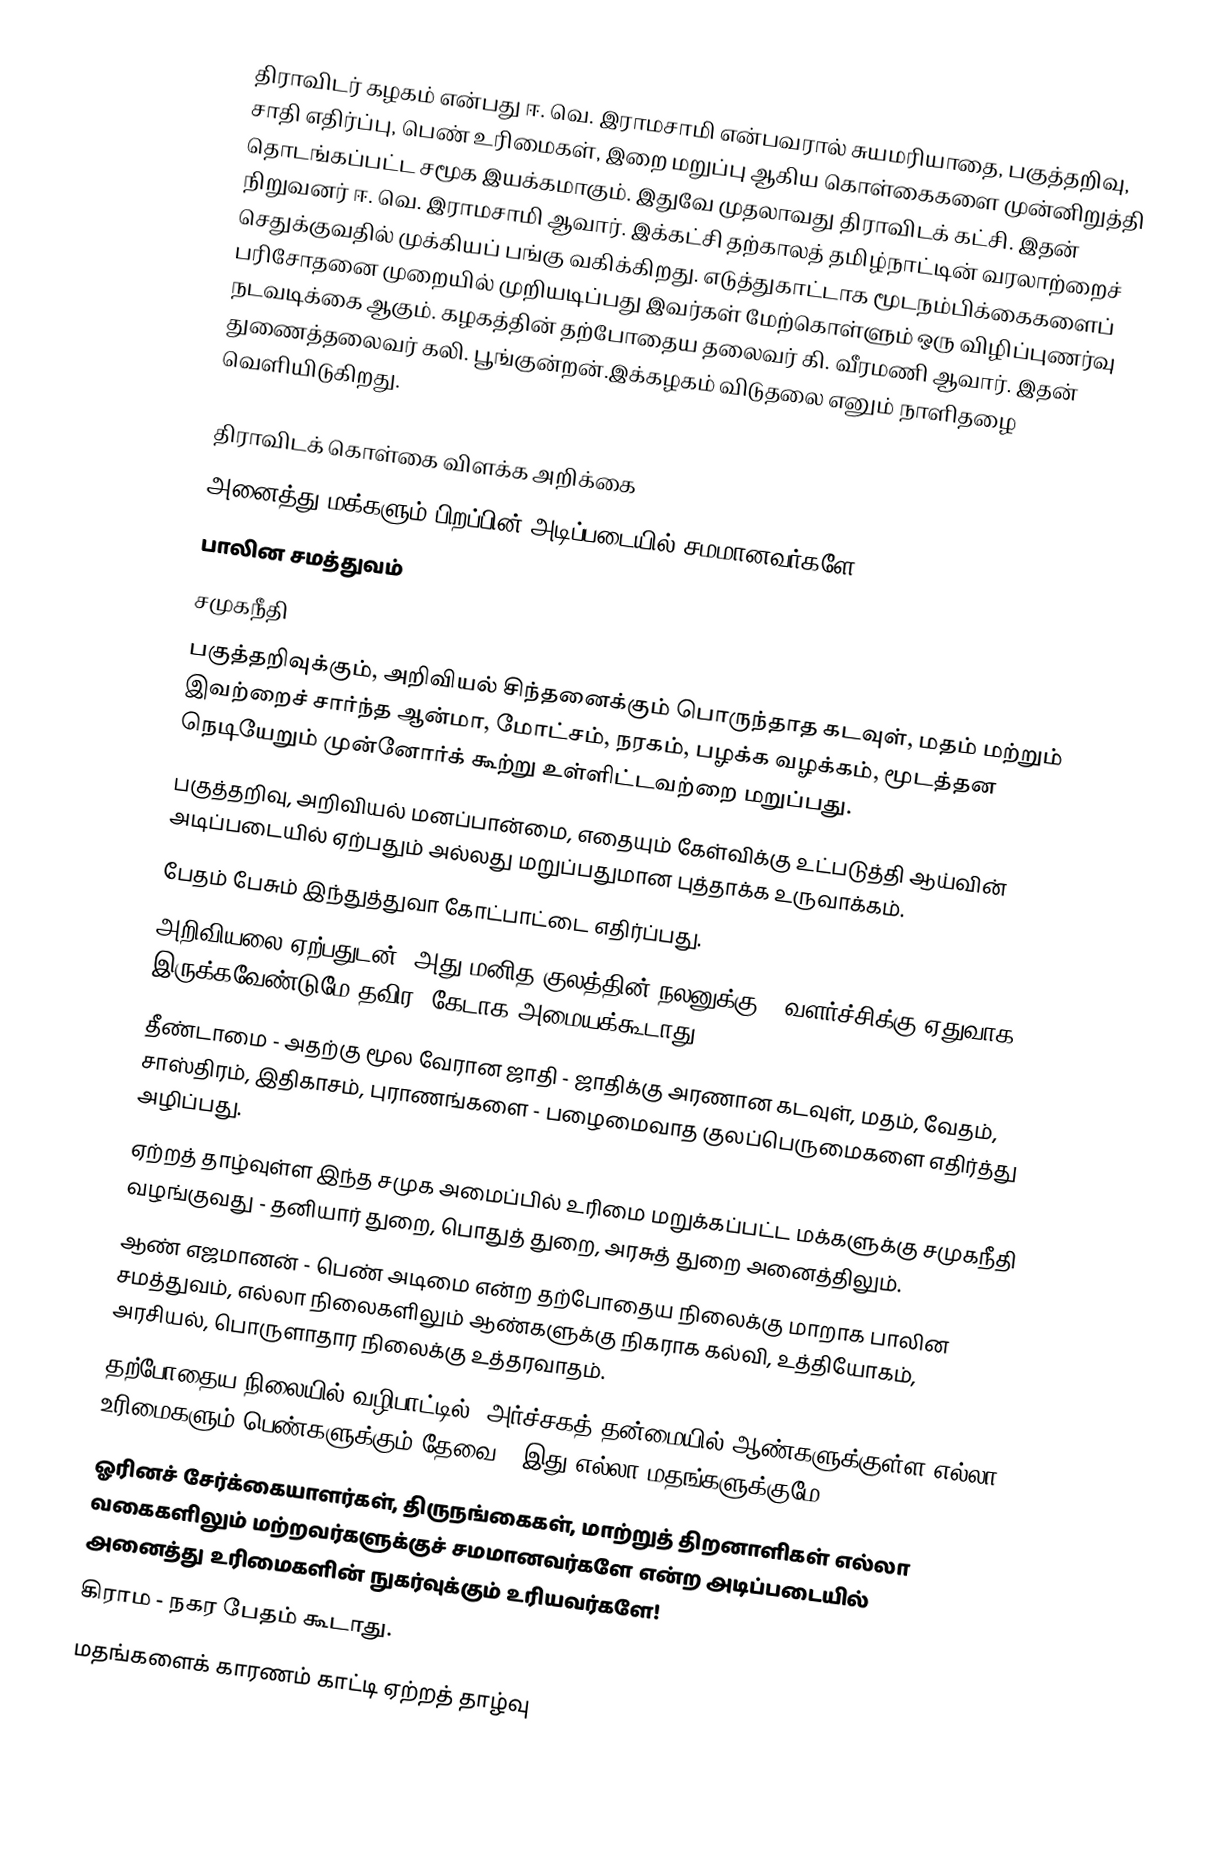
திராவிடர் கழகம் என்பது ஈ. வெ. இராமசாமி என்பவரால் சுயமரியாதை, பகுத்தறிவு, சாதி எதிர்ப்பு, பெண் உரிமைகள், இறை மறுப்பு ஆகிய கொள்கைகளை முன்னிறுத்தி தொடங்கப்பட்ட சமூக இயக்கமாகும்.  இதுவே முதலாவது திராவிடக் கட்சி. இதன் நிறுவனர் ஈ. வெ. இராமசாமி ஆவார்.  இக்கட்சி தற்காலத் தமிழ்நாட்டின் வரலாற்றைச் செதுக்குவதில் முக்கியப் பங்கு வகிக்கிறது. எடுத்துகாட்டாக மூடநம்பிக்கைகளைப் பரிசோதனை முறையில் முறியடிப்பது இவர்கள் மேற்கொள்ளும் ஒரு விழிப்புணர்வு நடவடிக்கை ஆகும். கழகத்தின் தற்போதைய தலைவர் கி. வீரமணி ஆவார். இதன் துணைத்தலைவர் கலி. பூங்குன்றன்.இக்கழகம் விடுதலை எனும் நாளிதழை வெளியிடுகிறது.

திராவிடக் கொள்கை விளக்க அறிக்கை
 அனைத்து மக்களும் பிறப்பின் அடிப்படையில் சமமானவர்களே!
 பாலின சமத்துவம்
 சமுகநீதி
 பகுத்தறிவுக்கும், அறிவியல் சிந்தனைக்கும் பொருந்தாத கடவுள், மதம் மற்றும் இவற்றைச் சார்ந்த ஆன்மா, மோட்சம், நரகம், பழக்க வழக்கம்,  மூடத்தன நெடியேறும் முன்னோர்க் கூற்று உள்ளிட்டவற்றை மறுப்பது.
 பகுத்தறிவு, அறிவியல் மனப்பான்மை, எதையும் கேள்விக்கு உட்படுத்தி ஆய்வின் அடிப்படையில் ஏற்பதும் அல்லது மறுப்பதுமான புத்தாக்க உருவாக்கம்.
 பேதம் பேசும் இந்துத்துவா கோட்பாட்டை எதிர்ப்பது.
 அறிவியலை ஏற்பதுடன், அது மனித குலத்தின் நலனுக்கு - வளர்ச்சிக்கு ஏதுவாக இருக்கவேண்டுமே தவிர, கேடாக அமையக்கூடாது.
 தீண்டாமை - அதற்கு மூல வேரான ஜாதி - ஜாதிக்கு அரணான கடவுள், மதம், வேதம், சாஸ்திரம், இதிகாசம், புராணங்களை - பழைமைவாத குலப்பெருமைகளை எதிர்த்து அழிப்பது.
 ஏற்றத் தாழ்வுள்ள இந்த சமுக அமைப்பில் உரிமை மறுக்கப்பட்ட மக்களுக்கு சமுகநீதி வழங்குவது - தனியார் துறை, பொதுத் துறை, அரசுத் துறை அனைத்திலும்.
 ஆண் எஜமானன் - பெண் அடிமை என்ற தற்போதைய நிலைக்கு மாறாக பாலின சமத்துவம், எல்லா நிலைகளிலும் ஆண்களுக்கு நிகராக கல்வி, உத்தியோகம், அரசியல், பொருளாதார நிலைக்கு உத்தரவாதம்.
 தற்போதைய நிலையில் வழிபாட்டில், அர்ச்சகத் தன்மையில் ஆண்களுக்குள்ள எல்லா உரிமைகளும் பெண்களுக்கும் தேவை - இது எல்லா மதங்களுக்குமே!
 ஓரினச் சேர்க்கையாளர்கள், திருநங்கைகள், மாற்றுத் திறனாளிகள்  எல்லா வகைகளிலும் மற்றவர்களுக்குச் சமமானவர்களே என்ற அடிப்படையில் அனைத்து உரிமைகளின்  நுகர்வுக்கும் உரியவர்களே!
 கிராம - நகர பேதம் கூடாது.
 மதங்களைக் காரணம் காட்டி ஏற்றத் தாழ்வு